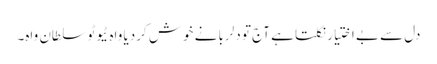
دل سے بے اختیار نکلتا ہے آج تو دلربا نے خوش کردیا واہ ٹیوٹو سلطان واہ۔